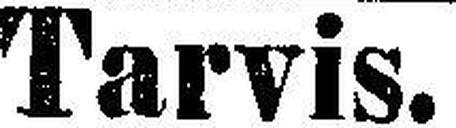
Tarvis.